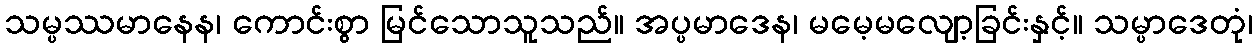
သမ္ပဿမာနေန၊ ကောင်းစွာ မြင်သောသူသည်။ အပ္ပမာဒေန၊ မမေ့မလျော့ခြင်းနှင့်။ သမ္ပာဒေတုံ၊